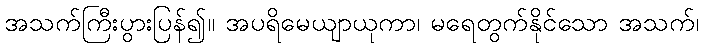
အသက်ကြီးပွားပြန်၍။ အပရိမေယျာယုကာ၊ မရေတွက်နိုင်သော အသက်၊